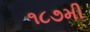
૧૮૭મી